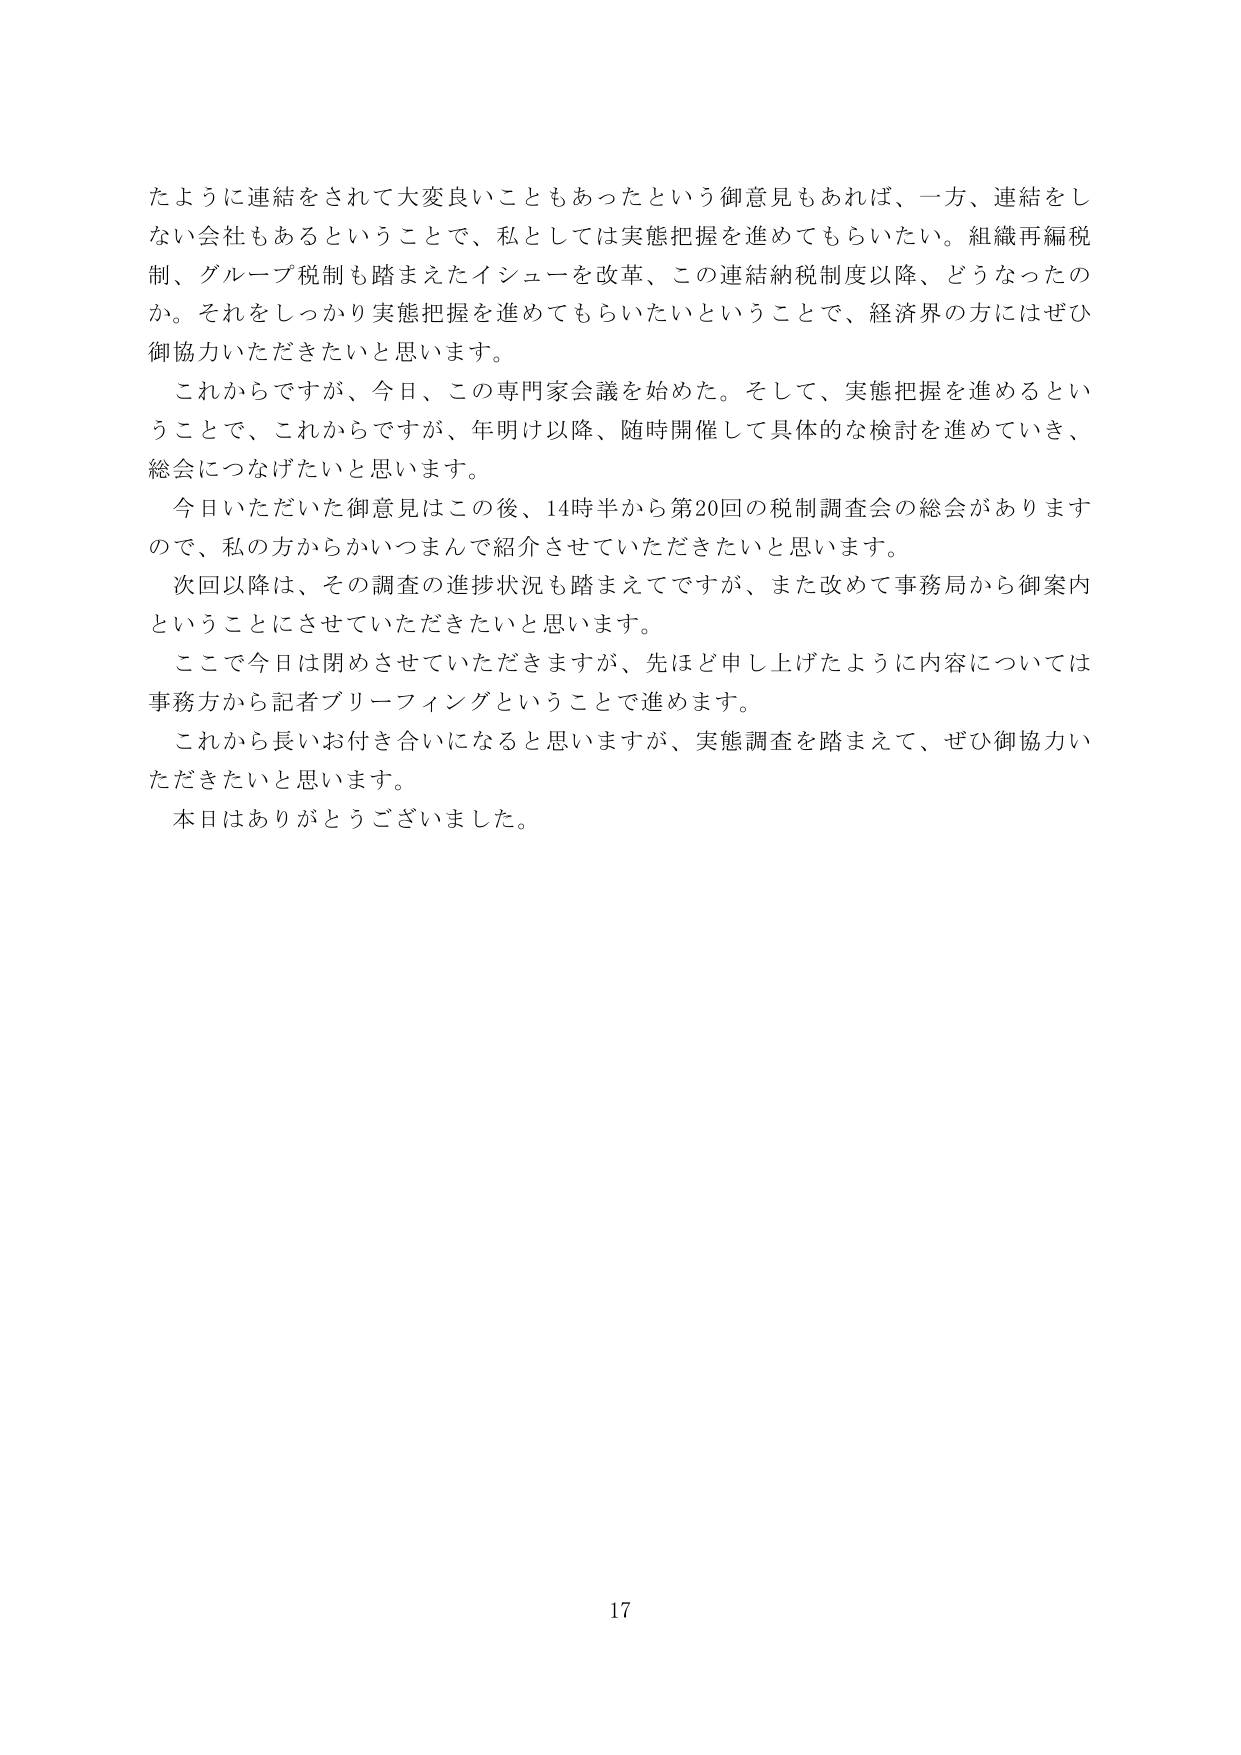
たように連結をされて大変良いこともあったという御意見もあれば、一方、連結をしない会社もあるということで、私としては実態把握を進めてもらいたい。組織再編税制、グループ税制も踏まえたイシューを改革、この連結納税制度以降、どうなったのか。それをしっかり実態把握を進めてもらいたいということで、経済界の方にはぜひ御協力いただきたいと思います。

これからですが、今日、この専門家会議を始めた。そして、実態把握を進めるということで、これからですが、年明け以降、随時開催して具体的な検討を進めていき、総会につなげたいと思います。

今日いただいた御意見はこの後、14時半から第20回の税制調査会の総会がありますので、私の方からかいつまんで紹介させていただきたいと思います。

次回以降は、その調査の進捗状況も踏まえてですが、また改めて事務局から御案内ということにさせていただきたいと思います。

ここで今日は閉めさせていただきますが、先ほど申し上げたように内容については事務方から記者ブリーフィングということで進めます。

これから長いお付き合いになると思いますが、実態調査を踏まえて、ぜひ御協力いただきたいと思います。

本日はありがとうございました。

17